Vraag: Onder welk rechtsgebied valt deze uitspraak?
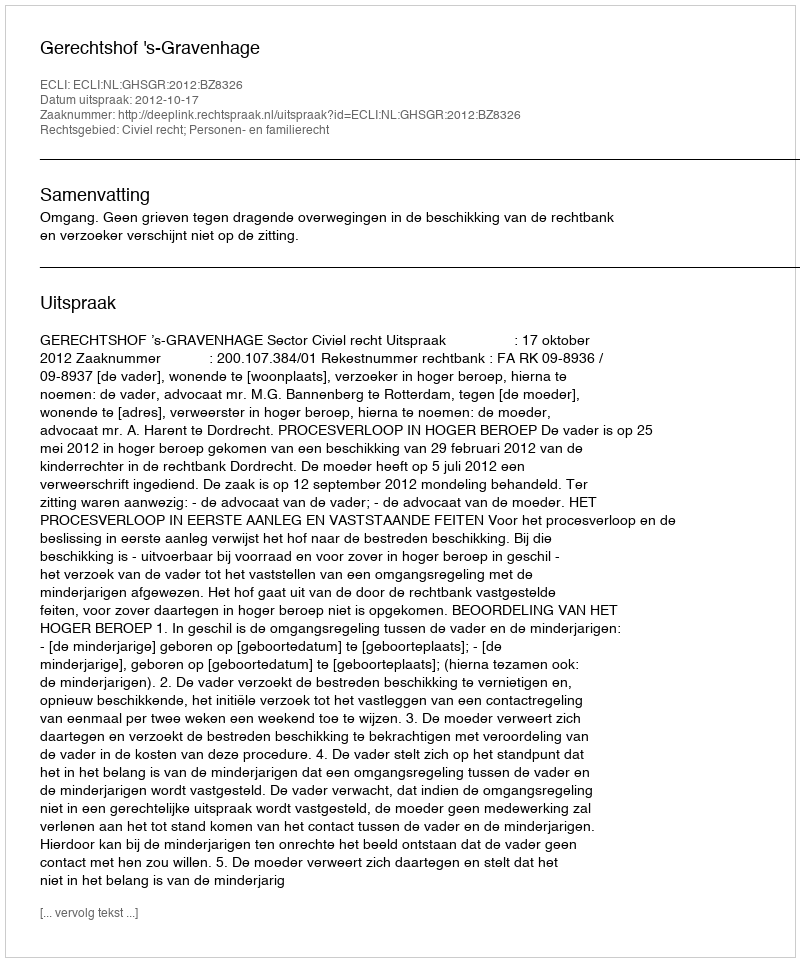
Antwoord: Civiel recht; Personen- en familierecht